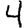
Digit: 4